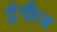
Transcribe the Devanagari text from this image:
ट्रेपीज